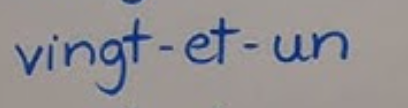
vingt-et-un